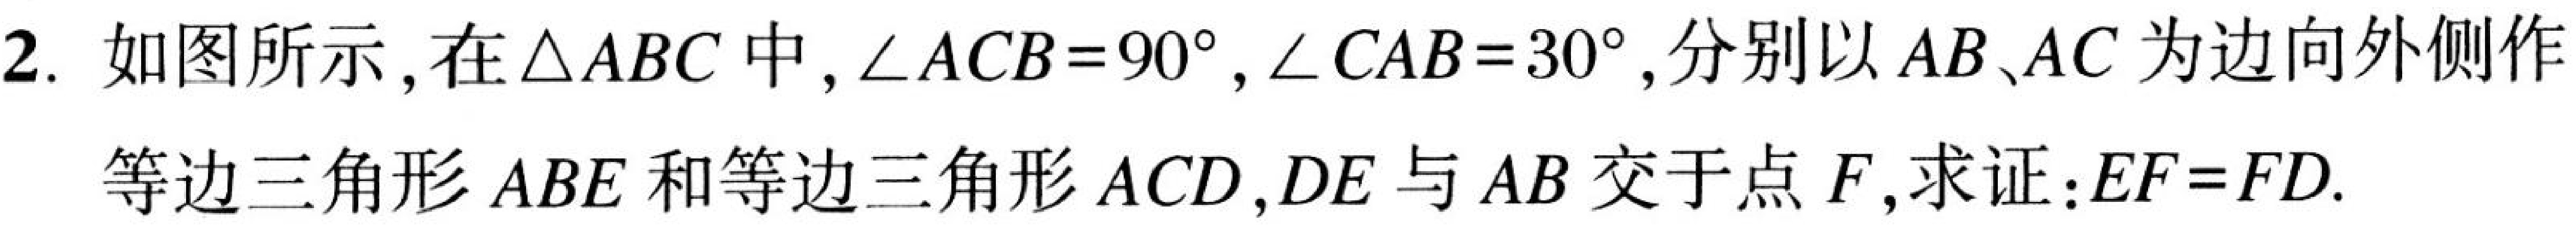
2. 如图所示，在\(\triangle ABC\)中，\(\angle ACB = 90^{\circ}\)，\(\angle CAB = 30^{\circ}\)，分别以\(AB、AC\)为边向外侧作等边三角形\(ABE\)和等边三角形\(ACD\)，\(DE\)与\(AB\)交于点\(F\)，求证：\(EF = FD\).